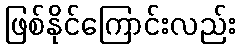
ဖြစ်နိုင်ကြောင်းလည်း